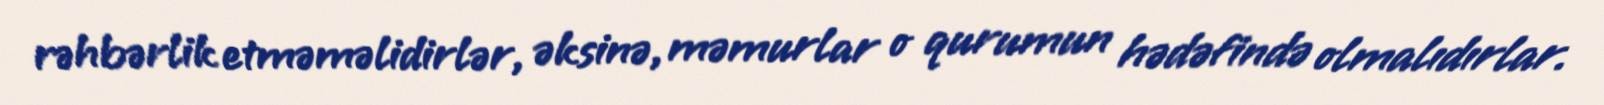
rəhbərlik etməməlidirlər, əksinə, məmurlar o qurumun hədəfində olmalıdırlar.